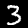
Label: 3